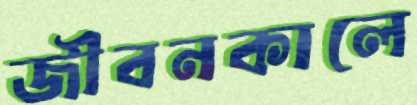
জীবনকালে